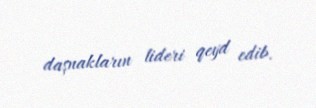
daşnakların lideri qeyd edib.